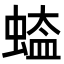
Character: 𮔡